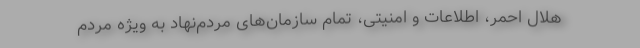
هلال احمر، اطلاعات و امنیتی، تمام سازمان‌های مردم‌نهاد به ویژه مردم